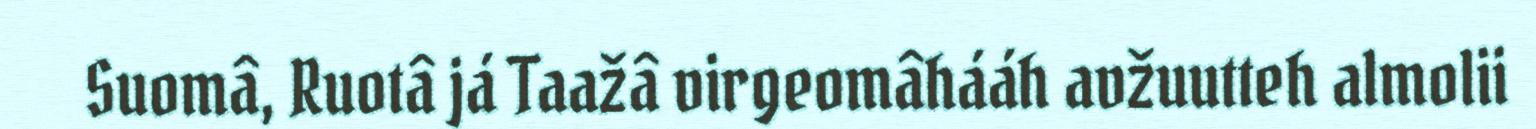
Suomâ, Ruotâ já Taažâ virgeomâhááh avžuutteh almolii